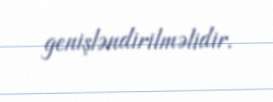
genişləndirilməlidir.